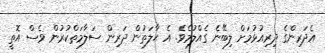
އެދަރިންގެ ދިރިއުޅުމަށް ލިބޭނެ ގެއްލުމެވެ. އެ ޙާލަތުން ދަރިން ސަލާމަތްކުރުން ވެސް އޮތީ